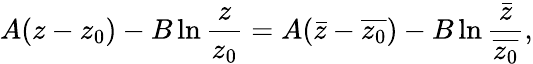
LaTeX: A(z-z_{0})-B\ln\frac{z}{z_{0}}=A(\bar{z}-\overline{{z_{0}}})-B\ln\frac{\bar{z}}{\overline{{z_{0}}}},